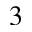
^ 3